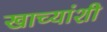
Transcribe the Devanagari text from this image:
खाच्यांशी